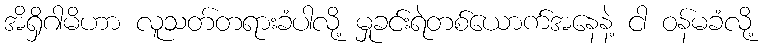
အိရှိဂါမိဟာ လူသတ်တရားခံပါလို့ မှုခင်းရဲတစ်ယောက်အနေနဲ့ ငါ ဝန်မခံလို့